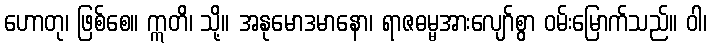
ဟောတု၊ ဖြစ်စေ။ ဣတိ၊ သို့။ အနုမောဒမာနော၊ ရာဇဓမ္မအားလျော်စွာ ဝမ်းမြောက်သည်။ ဝါ၊